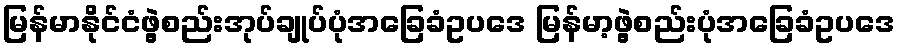
မြန်မာနိုင်ငံဖွဲ့စည်းအုပ်ချုပ်ပုံအခြေခံဥပဒေ မြန်မာ့ဖွဲ့စည်းပုံအခြေခံဥပဒေ